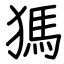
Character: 獁